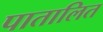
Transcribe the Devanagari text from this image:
पातालित